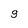
Character: 9